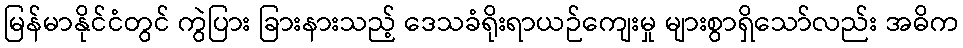
မြန်မာနိုင်ငံတွင် ကွဲပြား ခြားနားသည့် ဒေသခံရိုးရာယဉ်ကျေးမှု များစွာရှိသော်လည်း အဓိက